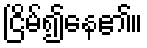
ငြိမ်၍နေ၏။